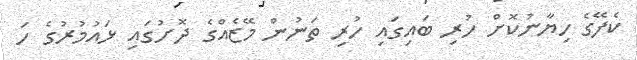
ކެފޭގެ ހިޔާނުކޮށް ހުރި ބައިގައި ހުރި ތަނުން މޭޒެއްގެ ދޮށުގައި ޅައުމުރުގެ ހަ